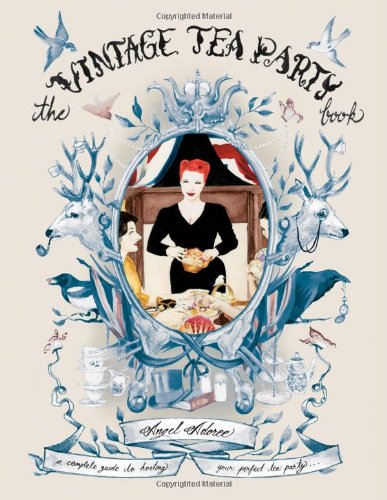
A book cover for The Vintage Tea Party Book: A Complete Guide to Hosting your Perfect Party; Angel Adoree; Cookbooks, Food & Wine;